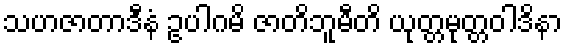
သဟဇာတာဒီနံ ဥပါဂမိ ဇာတိဘူမီတိ ယုတ္တမုတ္တဝါဒိနာ